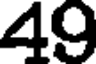
49